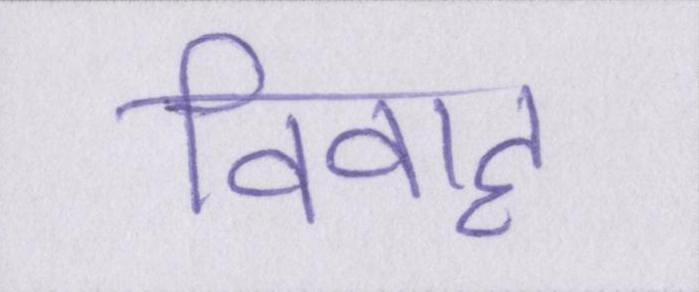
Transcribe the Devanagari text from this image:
विवाह